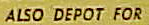
ALSO DEPOT FOR